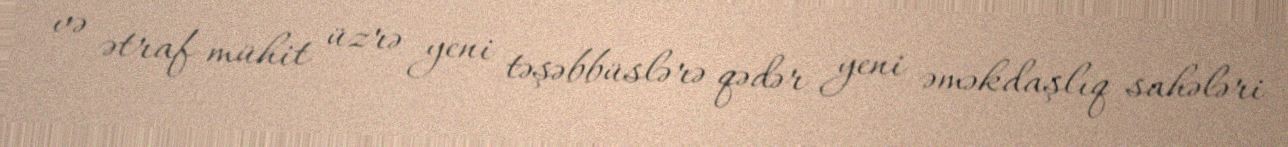
və ətraf mühit üzrə yeni təşəbbüslərə qədər yeni əməkdaşlıq sahələri